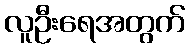
လူဦးရေအတွက်